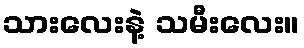
သားလေးနဲ့ သမီးလေး။